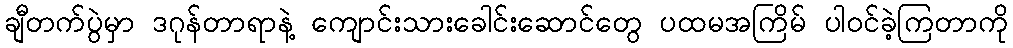
ချီတက်ပွဲမှာ ဒဂုန်တာရာနဲ့ ကျောင်းသားခေါင်းဆောင်တွေ ပထမအကြိမ် ပါဝင်ခဲ့ကြတာကို